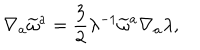
\nabla _ { a } \widetilde { \omega } ^ { a } = \frac { 3 } { 2 } \lambda ^ { - 1 } \widetilde { \omega } ^ { a } \nabla _ { a } \lambda ,